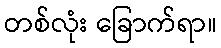
တစ်လုံး ခြောက်ရာ။